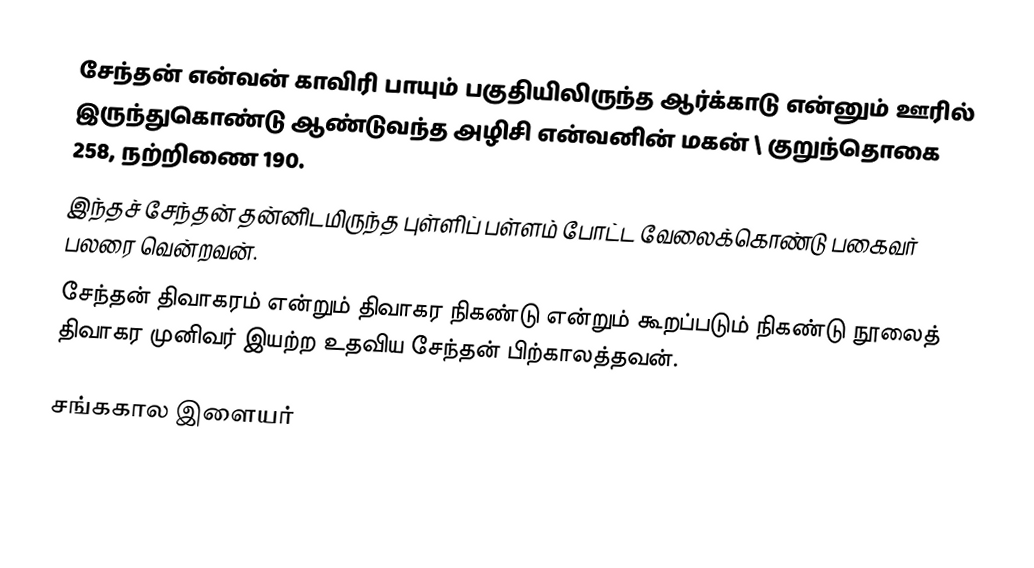
சேந்தன் என்வன் காவிரி பாயும் பகுதியிலிருந்த ஆர்க்காடு என்னும் ஊரில் இருந்துகொண்டு ஆண்டுவந்த அழிசி என்வனின் மகன் \ குறுந்தொகை 258, நற்றிணை 190.
இந்தச் சேந்தன் தன்னிடமிருந்த புள்ளிப் பள்ளம் போட்ட வேலைக்கொண்டு பகைவர் பலரை வென்றவன்.
சேந்தன் திவாகரம் என்றும் திவாகர நிகண்டு என்றும் கூறப்படும் நிகண்டு நூலைத் திவாகர முனிவர் இயற்ற உதவிய சேந்தன் பிற்காலத்தவன்.

சங்ககால இளையர்